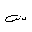
Letter: _sin